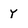
Character: y